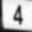
Digit: 4